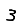
Digit: 3